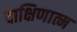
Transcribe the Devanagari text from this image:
दाक्षिणात्म